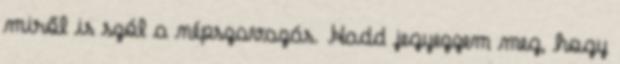
miről is szól a népszavazás. Hadd jegyezzem meg, hogy